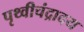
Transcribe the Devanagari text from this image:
पृथ्वीचंद्रादय